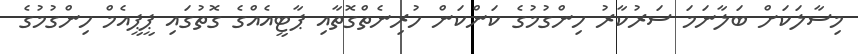
މިސާލަކަށް ބަލާނަމަ ސަރުކާރު ހިންގުމުގެ ކަންކަން ހުރިނެތްގޮތާއި ޕާޓީއެއްގެ ގޮތުގައި ޕީޕީއެމް ހިންގުމުގެ